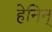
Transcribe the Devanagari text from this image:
हेनिन्